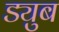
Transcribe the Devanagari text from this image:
ड्युब